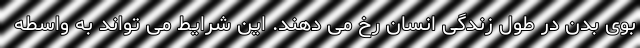
بوی بدن در طول زندگی انسان رخ می دهند. این شرایط می تواند به واسطه